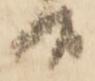
候